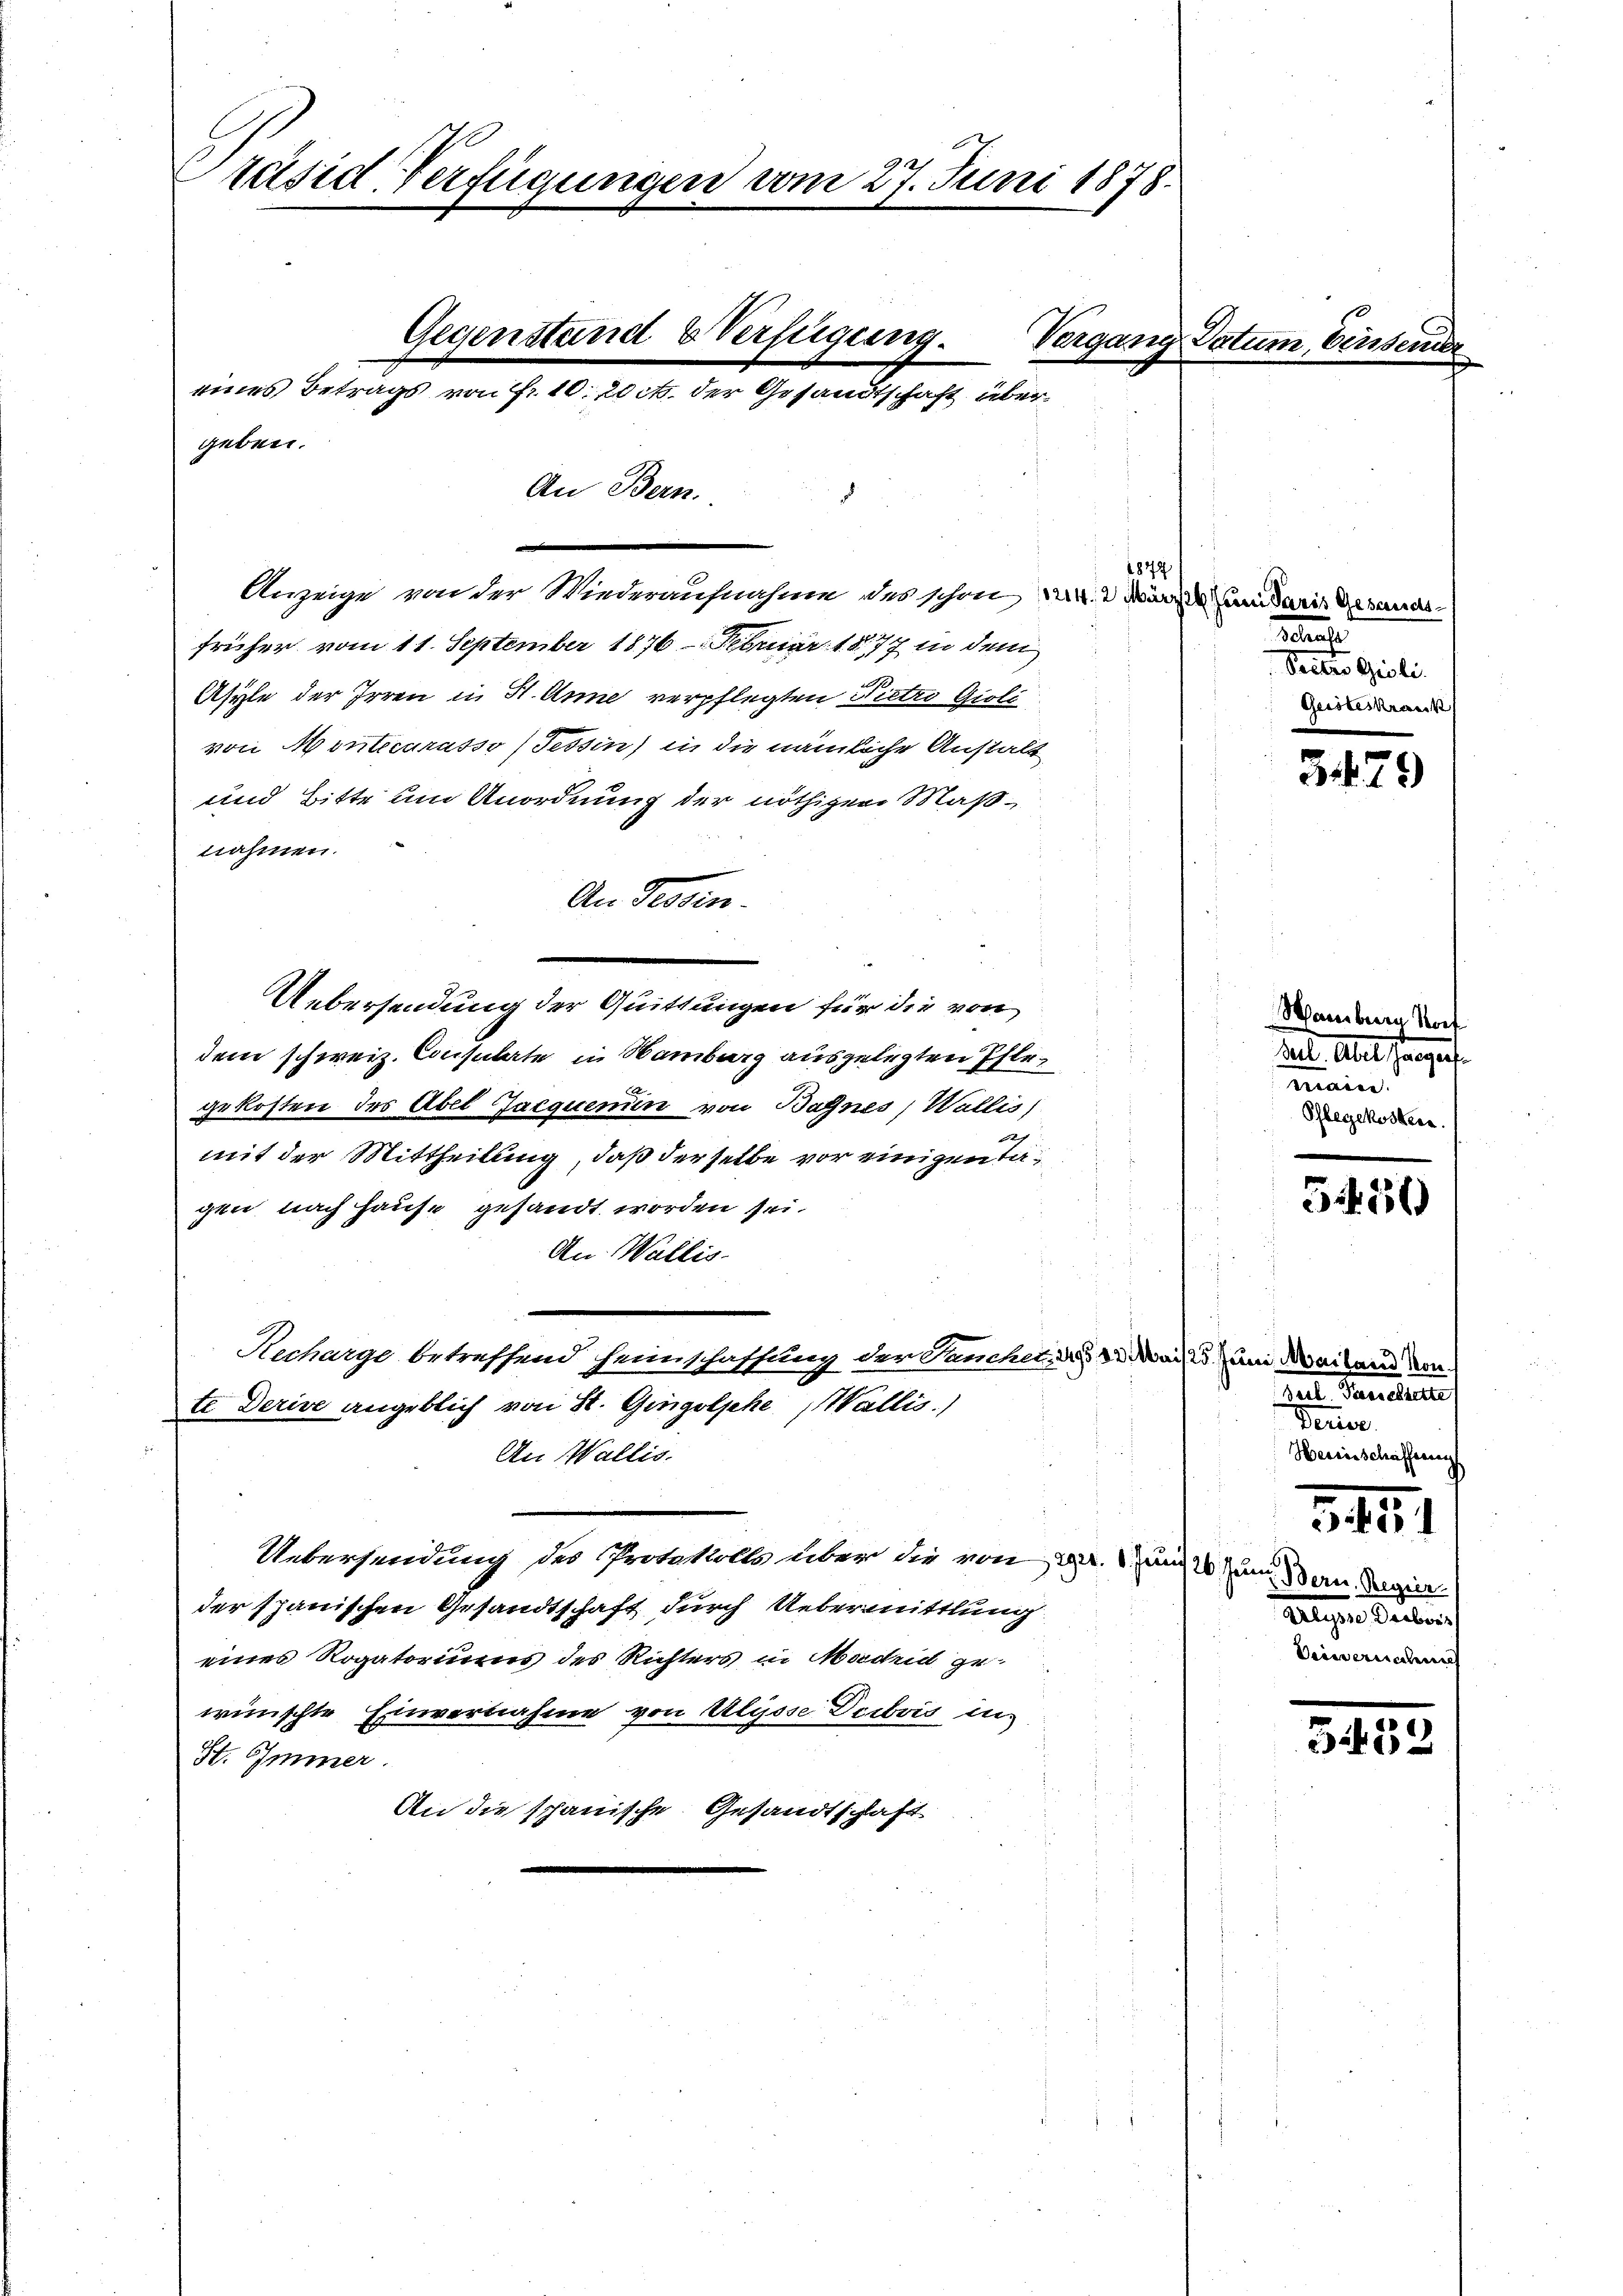
Präsid. Verfügungen vom 27. Juni 1878.

Gegenstand & Verfügung.
Vergang Datu
eines Betrags von fr. 10. 20 ct. der Gesandtschaft übergeben.

An Bern.

e
früher vom 11. September 1876. Februar 1877 in dem
Asyle der Irren in H. Anne verpflegten Dietro Gioli
von Montecurasso (Tessin) in die nämliche Anstalt
und Bitte um Anordnung der nöthigen Maßnahmen.
An Tessin.
u
Uebersendung der Quittungen für die von
dem schweiz. Consulate in Namburg ausgelegten Pfle¬
2
gekosten des Abel Jacquemin von Bagnes, Wallis)
mit der Mittheilung, daß derselbe vor einigen Tagen nach Hause gesandt worden sei.
An Wallis.
Recharge betreffend Heimschaffung der Sanchen, das 13. Mai 13. Juni Mailand von
te Derive angeblich von St. Gingolsche Wallis.)
An Wallis.
Uebersendung des Protokolls aber die von d. 1 und 10 und Bern. Regier
der spanischen Gesandtschaft durch Uebermittlung
eines Rogatoriums des Richters in Madrid ge
wünschte Einvernahme von Ulysse Deibris in
St. Immer.
An die schanische Gesandtschaft

Anzeige von der Wiederaufnahme des schon de

1872

az 26. Juni Paris Gesands¬
Stras
Pritto Gioli
Geisteskrank

3479

Namburg Sof
tal. Aber stangef
main
Pflegekosten.

36)

Barschreite
e
Weinschafferung

341

Aeger Rector
Ainenden

343.